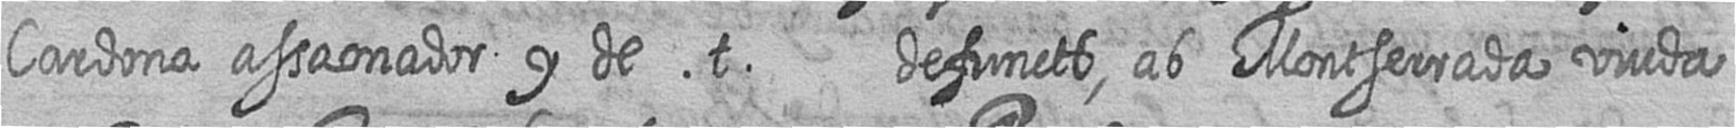
Cardona assaonador y de t defuncts ab Montserrada viuda